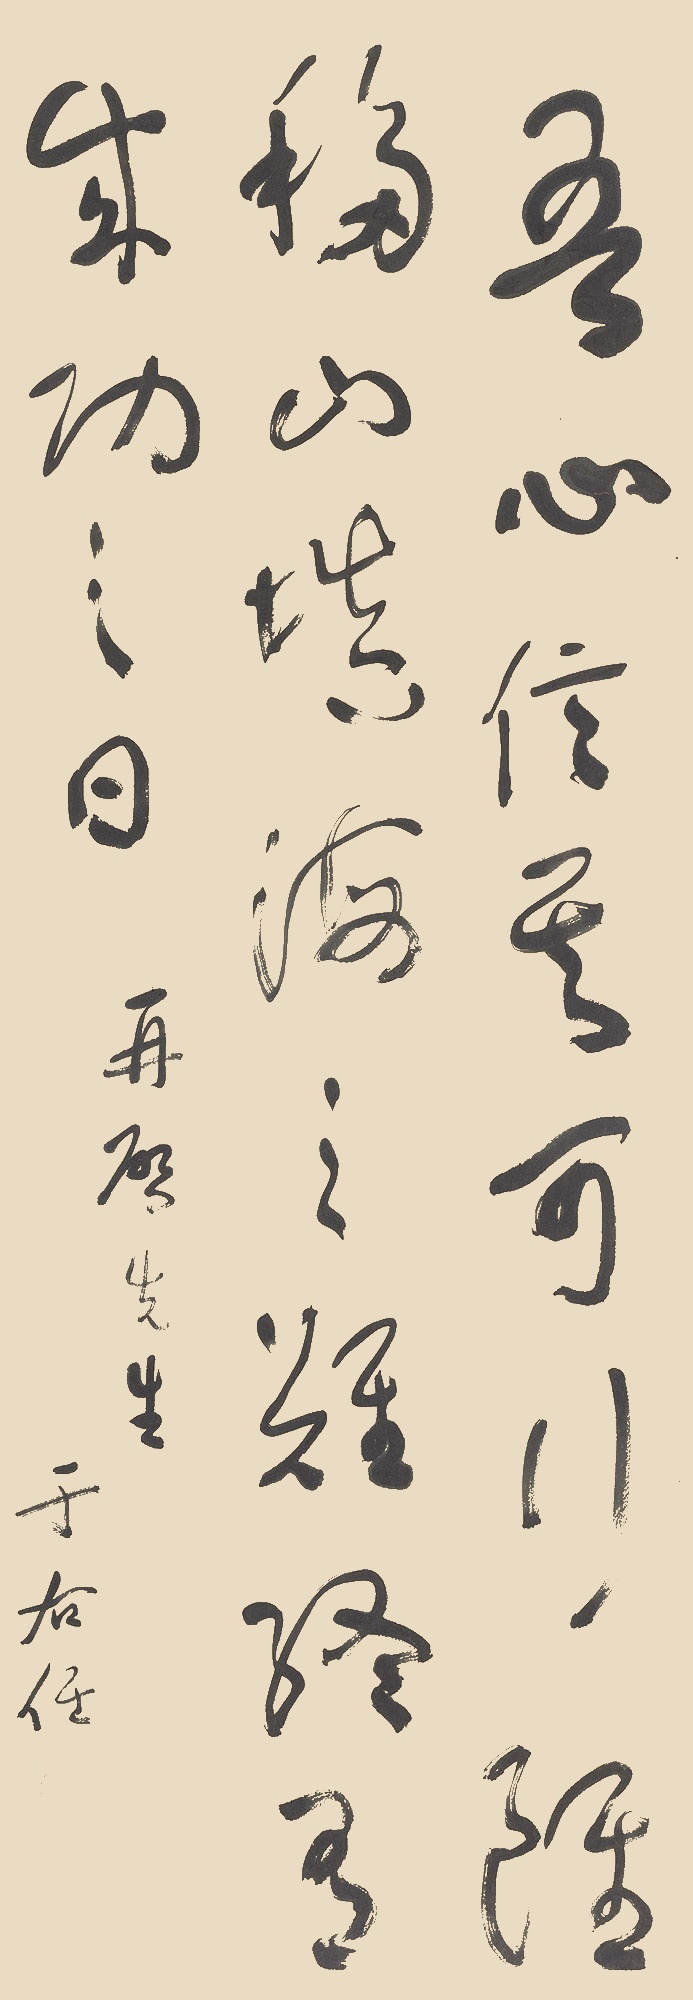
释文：吾心信其可行，虽移山填海之难，终有成功之日。再启先生。于右任。